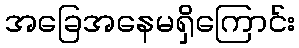
အခြေအနေမရှိကြောင်း